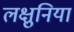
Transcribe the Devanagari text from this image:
लक्षुनिया